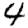
Digit: 4